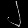
Digit: ၂